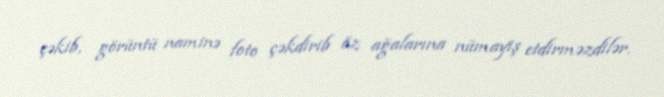
çəkib, görüntü naminə foto çəkdirib öz ağalarına nümayiş etdirməzdilər.